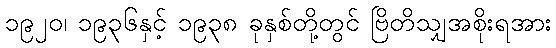
၁၉၂၀၊ ၁၉၃၆နှင့် ၁၉၃၈ ခုနှစ်တို့တွင် ဗြိတိသျှအစိုးရအား